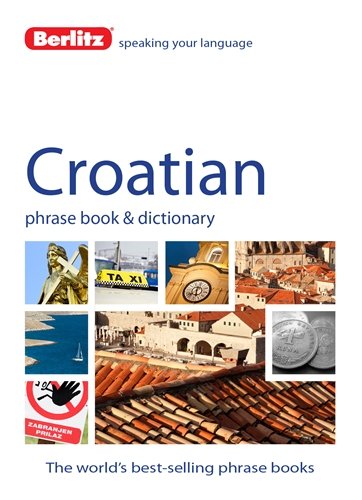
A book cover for Berlitz Croatian Phrase Book & Dictionary; Berlitz Publishing; Travel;